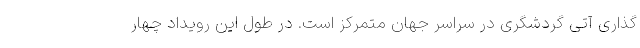
گذاری آتی گردشگری در سراسر جهان متمرکز است. در طول این رویداد چهار